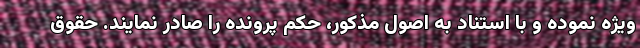
ویژه نموده و با استناد به اصول مذکور، حکم پرونده را صادر نمایند. حقوق